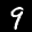
Label: 9